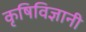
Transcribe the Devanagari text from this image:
कृषिविज्ञानी